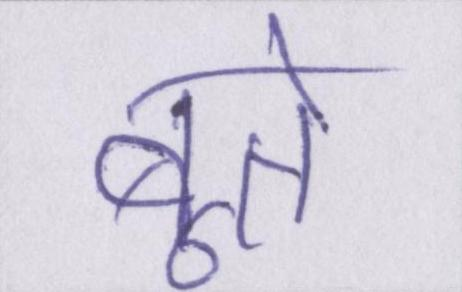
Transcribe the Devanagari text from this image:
बूते